画像に写った文字を読んでください
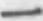
「一」と書いてあります